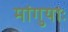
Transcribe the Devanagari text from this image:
मांगुयाः